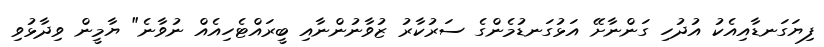
ފިޔަގަނޑާއިއެކު އުދުހި ގަންނާށޭ އަޅުގަނޑުމެންގެ ސަރުކާރު ޒުވާނުންނާއި ބީރައްޓެހިއެއް ނުވާނެ" ޔާމީން ވިދާޅުވި